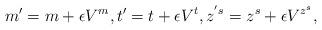
LaTeX: \begin{align*}m'=m+\epsilon V^m,t'=t+\epsilon V^t, z^{'s}=z^s+\epsilon V^{z^s}, \end{align*}